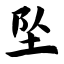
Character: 坠